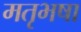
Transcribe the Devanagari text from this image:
मतृभषा